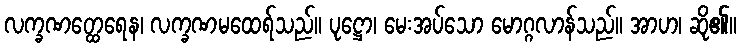
လက္ခဏတ္ထေရေန၊ လက္ခဏမထေရ်သည်။ ပုဋ္ဌော၊ မေးအပ်သော မောဂ္ဂလာန်သည်။ အာဟ၊ ဆို၏။